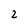
Character: 2